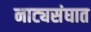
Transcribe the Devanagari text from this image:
नाट्यसंघात